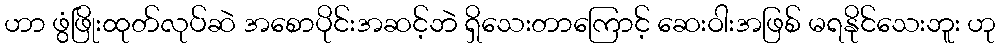
ဟာ ဖွံဖြိုးထုတ်လုပ်ဆဲ အစောပိုင်းအဆင့်ဘဲ ရှိသေးတာကြောင့် ဆေးဝါးအဖြစ် မရနိုင်သေးဘူး ဟု